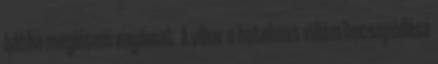
hátha meglátom anyámat. A vihar a hatalmas villám becsapódása